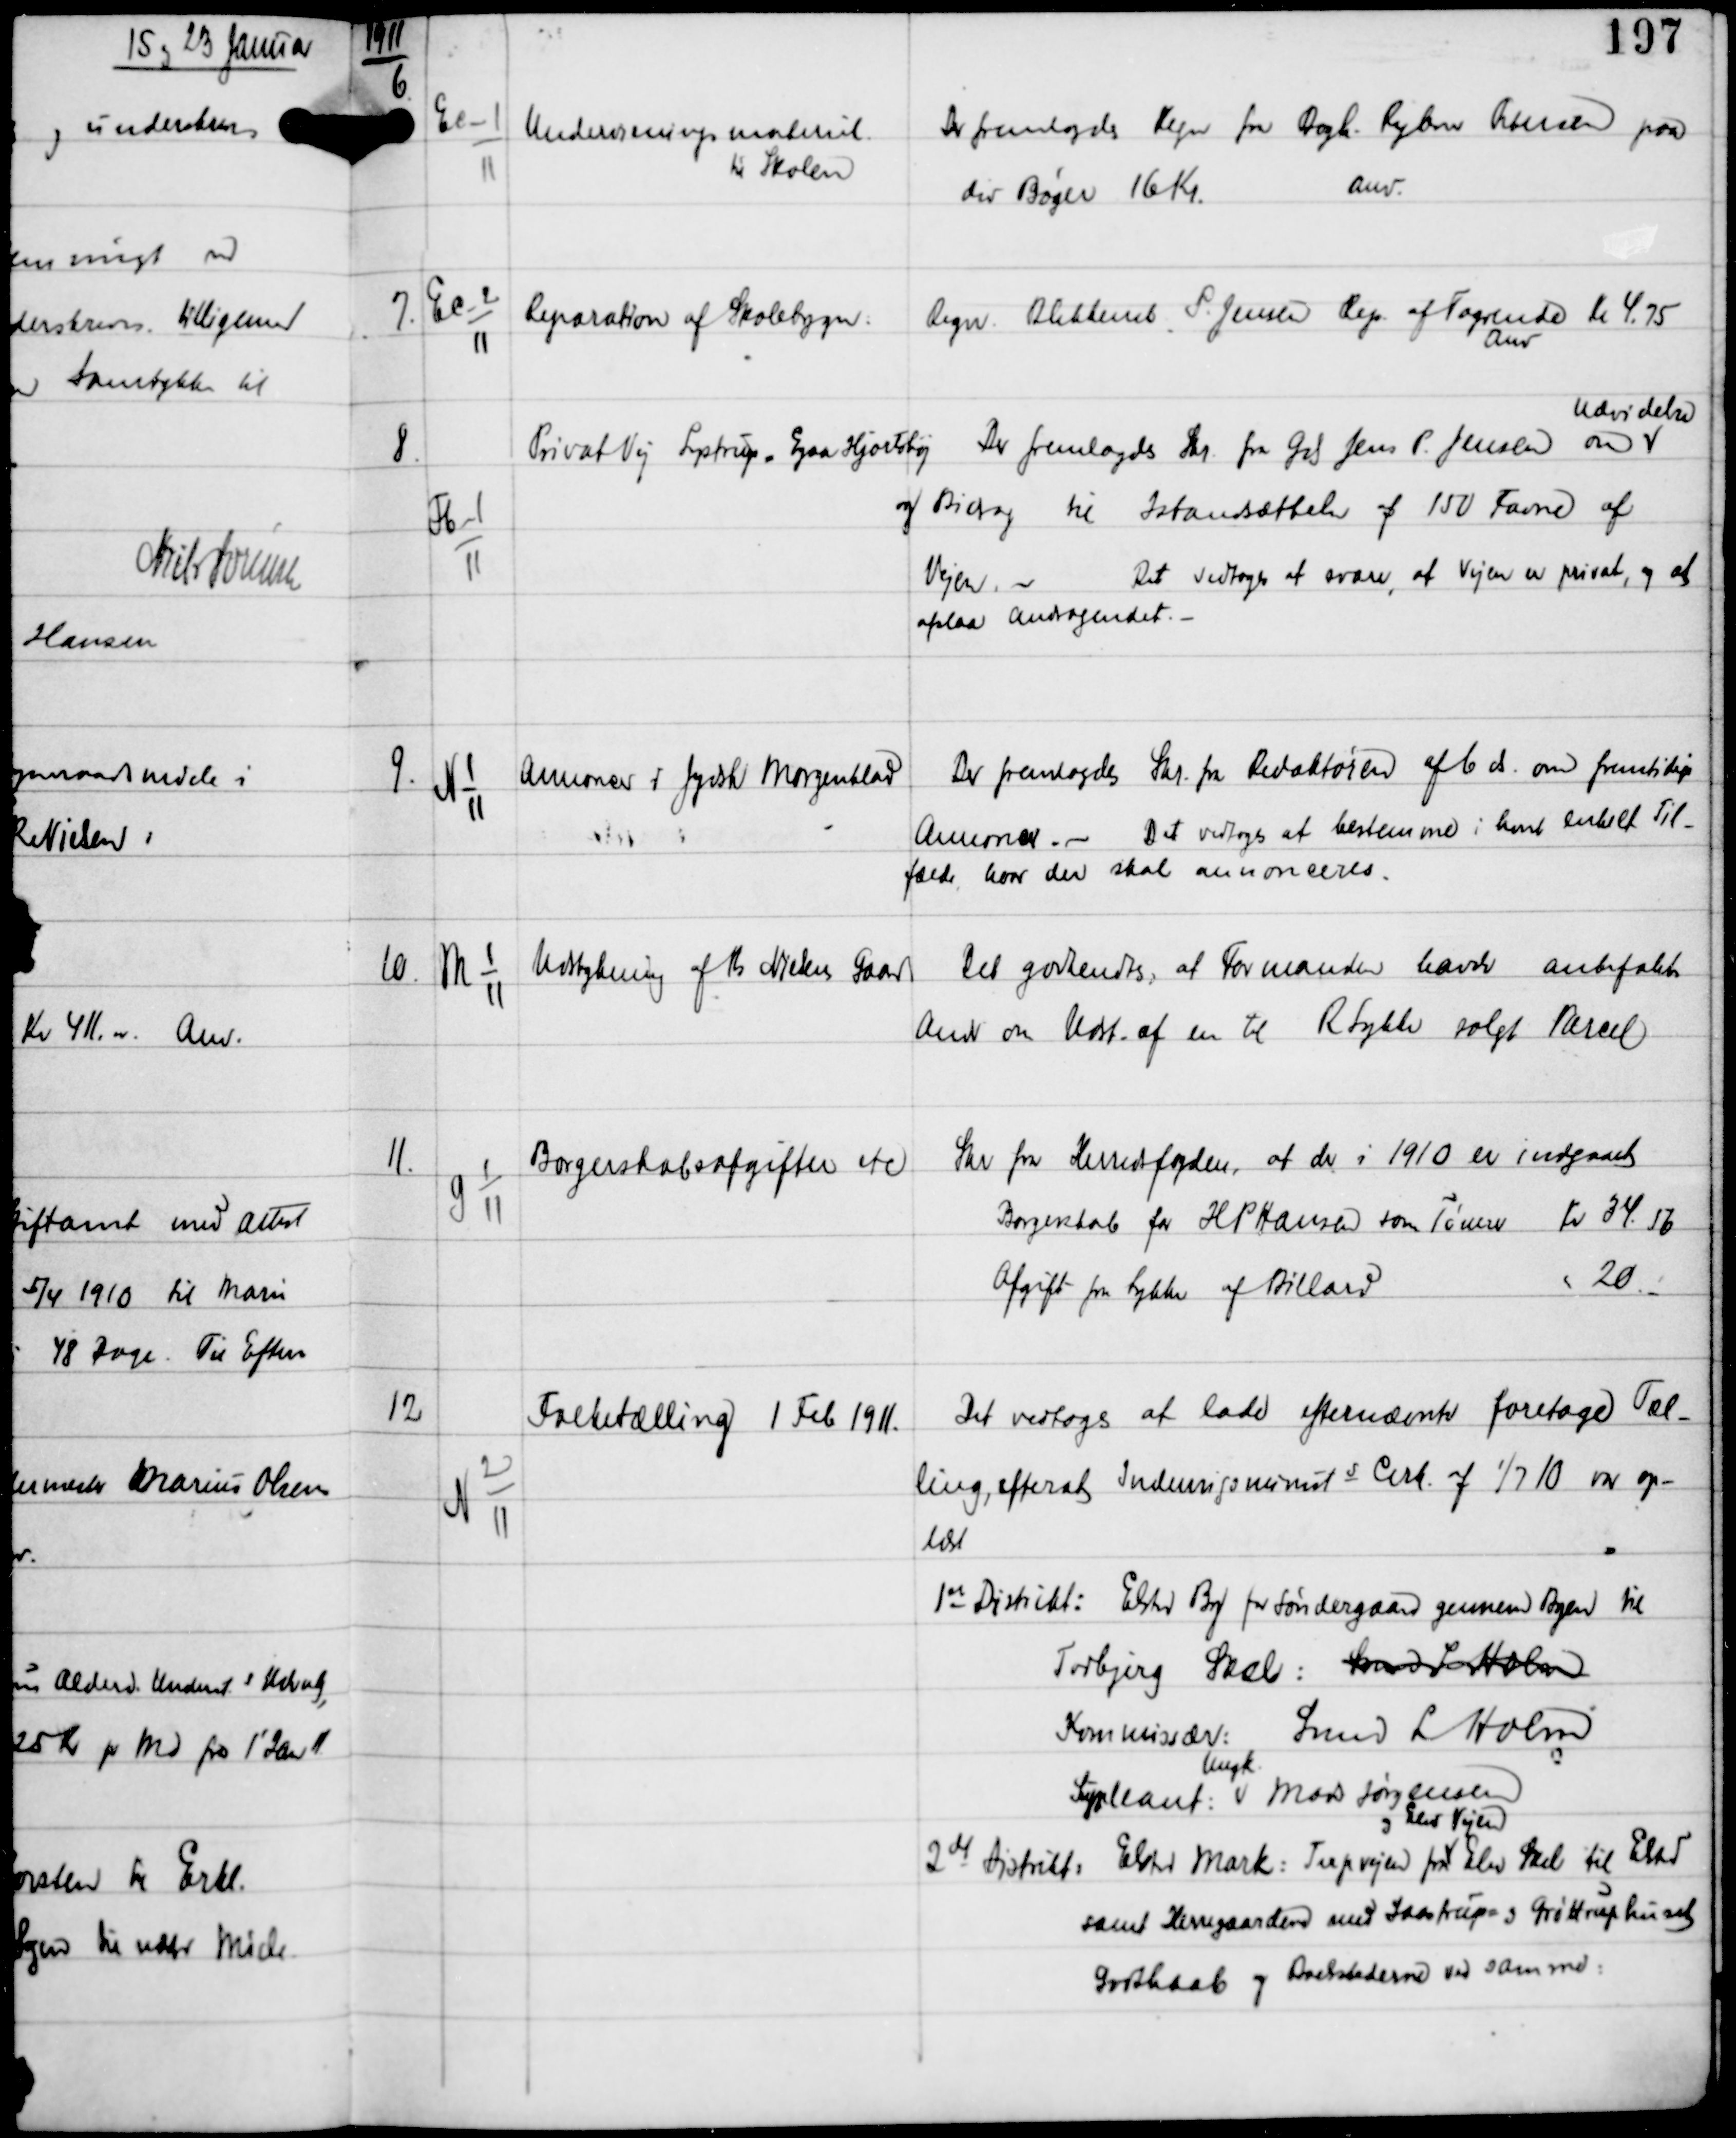
Transskription:
1911

6.

Ec-1
11

Undervisningsmateriale
til Skolen

Der fremlagdes Regn fra Bogh Ryben Hansen paa
div Bøger 16 Kr
Anv.

7.

Ec-2
11

Reparation af Skolebygn

Regn. Blikkensl P. Jensen Rep af Tagrende Kr 4.75.
Anv.

8.

Fb-1
11

Privat Vej Lystrup - Egaa Hjortshøj

Der fremlagdes Skr fra Gds Jens P. Jensen om
Udvidelse
af Bidrag til Istandsættelse af 150 Favne af
Vejen. -
Det vedtoges at svare, at Vejen er privat, og at
afslaa Andragendet. -

9.

N 1
11

Annoncer i Jydsk Morgenblad

Der fremlagdes Skr fra Redaktøren af 6 ds om fremtidige
Annoncer -
Det vedtoges at bestemme i hvert enkelt Til-
fælde, hvor der skal annonceres.

10.

M 1
11

Udstykning af Ib Nielsens Gaard

Det godkendtes, at Formanden havde anbefalet
Andr om Udst af en til R Lykke solgt Parcel

11.

G 1
11

Borgerskabsafgifter etc

Skr fra Herredsfogden, at der i 1910 er indgaaet
Borgerskab for H P Hansen som Tømrer Kr 34.56
Afgift fra Lykke af Billard
- 20.-

12

N 2
11

Folketælling 1 Feb 1911.

Det vedtoges at lade efternævnte foretage Tæl-
ling, efterat Indenrigsminists Cirk af 1/7 10 var op-
læst
1st Distrikt: Elsted By fra Søndergaard gennem Byen til
Torbjerg Skole: Skxxxxxxxx
Kommisær: Svend L Holm
Supleant
Ungk
Mads Jørgensen
2de Distrikt: Elsted Mark: Terpvejen
og Elev Vejen
fra Elev Skole til Elsted
samt Herregaarden med Saastrups og Grøttruphuset
Godthaab og Avlsstaderne ved samme.